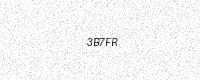
Text: 3B7FR